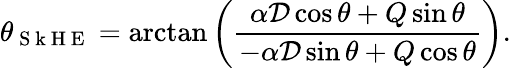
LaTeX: \theta_{\mathrm{~S~k~H~E~}}=\arctan\left(\frac{\alpha{\mathcal{D}}\cos\theta+Q\sin\theta}{-\alpha{\mathcal{D}}\sin\theta+Q\cos\theta}\right).